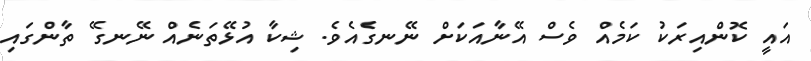
އައީ ކޮންއިރަކު ކަމެއް ވެސް އޭނާއަކަށް ނޭނގެއެވެ. ޝިކާ އުޅޭތަނެއް ނޭނގޭ ތާންގައި